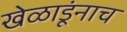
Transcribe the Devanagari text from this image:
खेळाडूंनाच